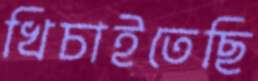
খিচাইতেছি